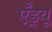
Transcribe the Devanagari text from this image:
एँड्रयू